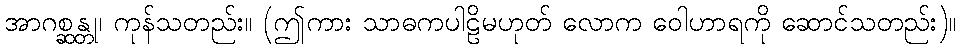
အာဂစ္ဆန္တု၊ ကုန်သတည်း။ (ဤကား သာဓကပါဠိမဟုတ် လောက ဝေါဟာရကို ဆောင်သတည်း)။